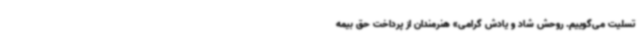
تسلیت می‌گوییم. روحش شاد و یادش گرامی» هنرمندان از پرداخت حق بیمه